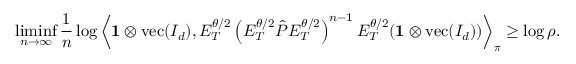
\operatorname* { l i m i n f } _ { n \to \infty } \frac { 1 } { n } \log \left\langle \mathbf { 1 } \otimes \operatorname { v e c } ( I _ { d } ) , E _ { T } ^ { \theta / 2 } \left( E _ { T } ^ { \theta / 2 } \hat { P } E _ { T } ^ { \theta / 2 } \right) ^ { n - 1 } E _ { T } ^ { \theta / 2 } ( \mathbf { 1 } \otimes \operatorname { v e c } ( I _ { d } ) ) \right\rangle _ { \boldsymbol \pi } \geq \log \rho .